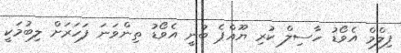
ފިލްމް އެވޯޑު ހާސިލް ކުރި ޔޫއްޕެ ބުނީ އެވޯޑު ތިންވަނަ ފަހަރަށް ލިބުމަކީ